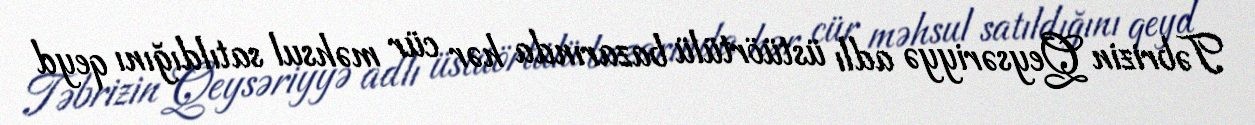
Təbrizin Qeysəriyyə adlı üstüörtülü bazarında hər cür məhsul satıldığını qeyd